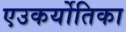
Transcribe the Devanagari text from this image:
एउकर्योतिका